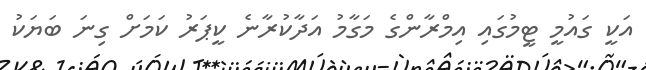
އަކީ ގައުމީ ޓީމުގައި އިމްރާންގެ މަގާމު އަދާކުރާނެ ކީޕަރު ކަމަށް ގިނަ ބަޔަކު